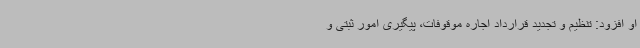
او افزود: تنظیم و تجدید قرارداد اجاره موقوفات، پیگیری امور ثبتی و